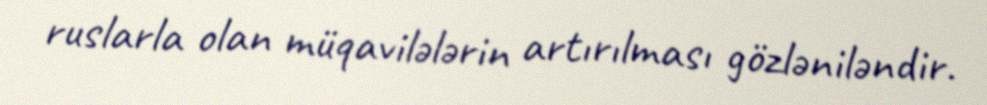
ruslarla olan müqavilələrin artırılması gözləniləndir.